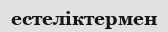
естеліктермен